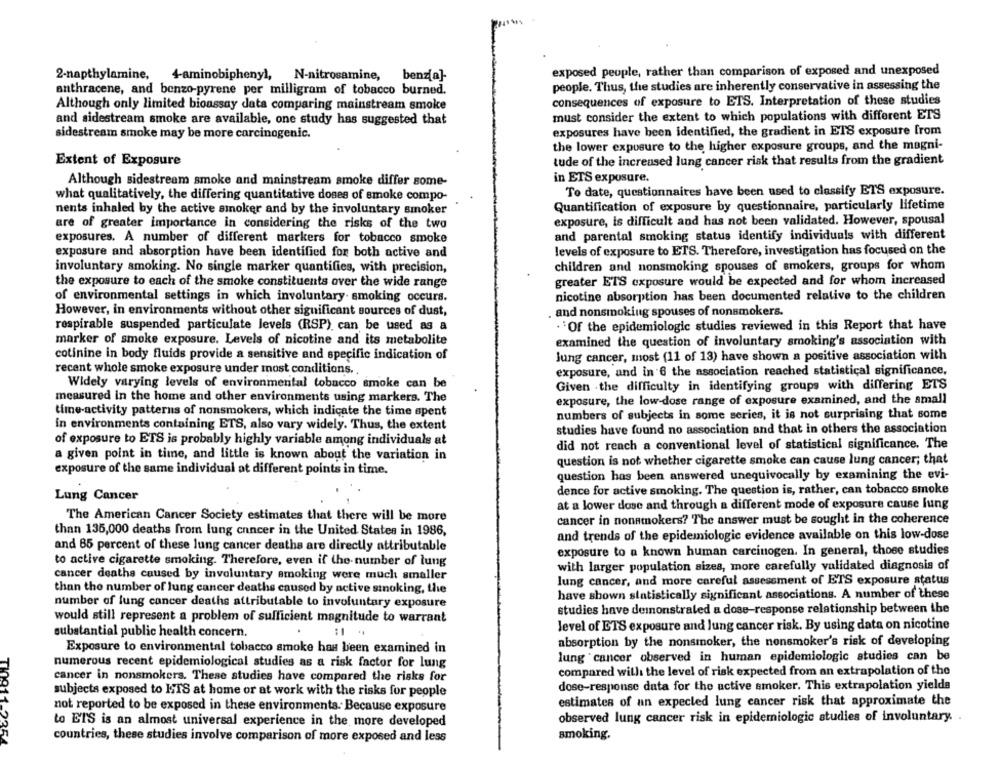
2-napthylamine, 4aminobiphenyl, N-nitrosamine, benz{a}-
exposed people, rather than comparison of exposed and unexposed
anthracene, and benzo-pyrene per milligram of tobacco burned.
people. Thus, the studies are inherently conservative in assessing the
Although only limited bioassay data comparing mainstream smoke
consequences of exposure to ETS. Interpretation of these studies
and sidestream smoke are available, one study has suggested that
must consider the extent to which populations with different ETS
sidestream smoke may be more carcinogenic.
exposures have been identified, the gradient in ETS exposure from
the lower exposure to the higher exposure groups, and the magni-
Extent of Exposure
tude of the increased lung cancer risk that results from the gradient
Although sidestream smoke and mainstream smoke differ some-
in ETS exposure.
To date, questionnaires have been used to classify ETS exposure.
what qualitatively, the differing quantitative doses of smoke compo-
Quantification of exposure by questionnaire, particularly lifetime
nents inhaled by the active smoker and by the involuntary smoker
exposure, is difficult and has not been validated. However, spousal
are of greater importance in considering the risks of the two
and parental smoking status identify individuals with different
exposures. A number of different markers for tobacco smoke
exposure and absorption have been identified for both active and
levels of exposure to ETS. Therefore, investigation has focused on the
involuntary smoking. No single marker quantilies, with precision,
children and nonsmoking spouses of smokers, groups for whom
the exposure to each of the smoke constituents over the wide range
greater ETS exposure would be expected and for whom increased
of environmental settings in which involuntary. smoking occurs.
nicotine absorption has been documented relative to the children
However, in environments without other significant sources of dust,
. and nonsmoking spouses of nonsmokers.
respirable suspended particulate levels (RSP) can be used as a
. 'Of the epidemiologic studies reviewed in this Report that have
marker of smoke exposure. Levels of nicotine and its metabolite
examined the question of involuntary smoking's association with
cotinine in body fluids provide a sensitive and specific indication of
lung cancer, most (11 of 13) have shown a positive association with
recent whole smoke exposure under most conditions.
exposure, and in 6 the association reached statistical significance,
Widely varying levels of environmental tobacco smoke can be
Given the difficulty in identifying groups with differing ETS
measured in the home and other environments using markers. The
exposure, the low-dose range of exposure examined, and the small
time-activity patterns of nonsmokers, which indicate the time spent
numbers of subjects in some series, it is not surprising that some
in environments containing ETS, also vary widely. Thus, the extent
studies have found no association and that in others the association
of exposure to ETS is probably highly variable among individuals at
did not reach a conventional level of statistical significance. The
a given point in time, and little is known about the variation in
question is not whether cigarette smoke can cause lung cancer; that
exposure of the same individual at different points in time.
question has been answered unequivocally by examining the evi-
dence for active smoking. The question is, rather, can tobacco smoke
Lung Cancer
at a lower dose and through a different mode of exposure cause lung
The American Cancer Society estimates that there will be more
cancer in nonsmokers? The answer must be sought in the coherence
than 135,000 deaths from lung cancer in the United States in 1986,
and trends of the epidemiologic evidence available on this low-dose
and 85 percent of these lung cancer deaths are directly attributable
exposure to a known human carcinogen. In general, those studies
to active cigarette smoking. Therefore, even if the number of lung
with larger population sizes, more carefully validated diagnosis of
cancer deaths caused by involuntary smoking were much smaller
lung cancer, and more careful assessment of ETS exposure status
than the number of lung cancer deaths caused by active sinoking, the
have shown statistically significant associations. A number of these
number of lung cancer deaths attributable to involuntary exposure
studies have demonstrated a dose-response relationship between the
would still represent a problem of sufficient magnitude to warrant
level of ETS exposure and lung cancer risk. By using data on nicotine
substantial public health concern.
:1
absorption by the nonsmoker, the nonsmoker's risk of developing
Exposure to environmental tobacco smoke has been examined in
lung cancer observed in human epidemiologic studies can be
numerous recent epidemiological studies as a risk factor for lung
compared with the level of risk expected from an extrapolation of the
cancer in nonsmokers. These studies have compared the risks for
dose-response data for the active smoker. This extrapolation yields
subjects exposed to ETS at home or at work with the risks for people
estimates of an expected lung cancer risk that approximate the
not reported to be exposed in these environments. Because exposure
observed lung cancer risk in epidemiologic studies of involuntary.
to ETS is an almost universal experience in the more developed
smoking.
TI0911-2354
countries, these studies involve comparison of more exposed and less